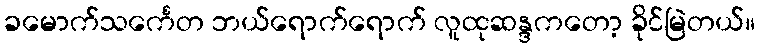
ခမောက်သင်္ကေတ ဘယ်ရောက်ရောက် လူထုဆန္ဒကတော့ ခိုင်မြဲတယ်။